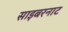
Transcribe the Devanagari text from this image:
साइबरनाट